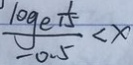
\frac { \log _ { e } \frac { 1 } { 1 5 } } { - 0 . 5 } < x